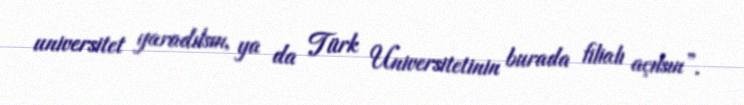
universitet yaradılsın, ya da Türk Universitetinin burada filialı açılsın”.